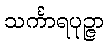
သင်္ကာရပုဉ္ဇာ